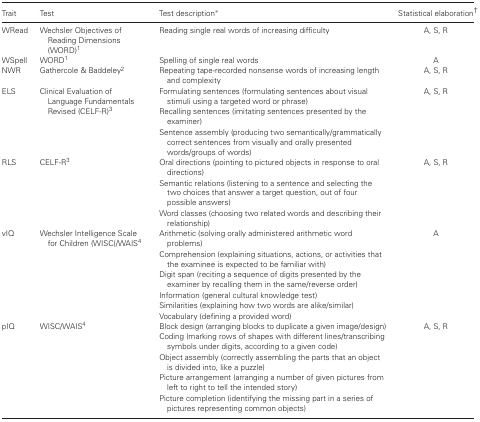
<table><thead><tr><td><b>Trait</b></td><td><b>Test</b></td><td><b>Test description*</b></td><td><b>Statistical elaboration†</b></td></tr></thead><tbody><tr><td>WRead</td><td>Wechsler Objectives of Reading Dimensions (WORD)1</td><td>Reading single real words of increasing difficulty</td><td>A, S, R</td></tr><tr><td>WSpell</td><td>WORD1</td><td>Spelling of single real words</td><td>A</td></tr><tr><td>NWR</td><td>Gathercole &amp; Baddeley2</td><td>Repeating tape-recorded nonsense words of increasing length and complexity</td><td>A, S, R</td></tr><tr><td rowspan="3">ELS</td><td rowspan="3">Clinical Evaluation of Language Fundamentals Revised (CELF-R)3</td><td>Formulating sentences (formulating sentences about visual stimuli using a targeted word or phrase)</td><td rowspan="3">A, S, R</td></tr><tr><td>Recalling sentences (imitating sentences presented by the examiner)</td></tr><tr><td>Sentence assembly (producing two semantically/grammatically correct sentences from visually and orally presented words/groups of words)</td></tr><tr><td rowspan="3">RLS</td><td rowspan="3">CELF-R3</td><td>Oral directions (pointing to pictured objects in response to oral directions)</td><td rowspan="3">A, S, R</td></tr><tr><td>Semantic relations (listening to a sentence and selecting the two choices that answer a target question, out of four possible answers)</td></tr><tr><td>Word classes (choosing two related words and describing their relationship)</td></tr><tr><td rowspan="6">vIQ</td><td rowspan="6">Wechsler Intelligence Scale for Children (WISC)/WAIS4</td><td>Arithmetic (solving orally administered arithmetic word problems)</td><td rowspan="6">A</td></tr><tr><td>Comprehension (explaining situations, actions, or activities that the examinee is expected to be familiar with)</td></tr><tr><td>Digit span (reciting a sequence of digits presented by the examiner by recalling them in the same/reverse order)</td></tr><tr><td>Information (general cultural knowledge test)</td></tr><tr><td>Similarities (explaining how two words are alike/similar)</td></tr><tr><td>Vocabulary (defining a provided word)</td></tr><tr><td rowspan="5">pIQ</td><td rowspan="5">WISC/WAIS4</td><td>Block design (arranging blocks to duplicate a given image/design)</td><td rowspan="5">A, S, R</td></tr><tr><td>Coding (marking rows of shapes with different lines/transcribing symbols under digits, according to a given code)</td></tr><tr><td>Object assembly (correctly assembling the parts that an object is divided into, like a puzzle)</td></tr><tr><td>Picture arrangement (arranging a number of given pictures from left to right to tell the intended story)</td></tr><tr><td>Picture completion (identifying the missing part in a series of pictures representing common objects)</td></tr></tbody></table>